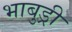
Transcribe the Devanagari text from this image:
भाबुड्री